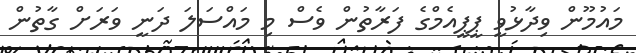
މައުމޫން ވިދާޅުވީ ޕީޕީއެމްގެ ފަރާތުން ވެސް މި މައްސަލަ ދަނީ ވަރަށް ގާތުން